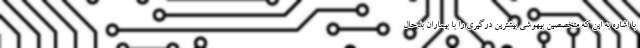
با اشاره به این که متخصصین بیهوشی بیشترین درگیری را با بیماران بدحال